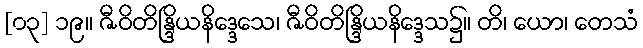
[၀၃] ၁၉။ ဇီဝိတိန္ဒြိယနိဒ္ဒေသေ၊ ဇီဝိတိန္ဒြိယနိဒ္ဒေသ၌။ တိ၊ ယော၊ တေသံ